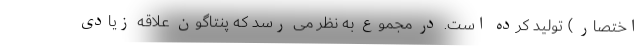
اختصار ) تولید کرده است. در مجموع به نظر می رسد که پنتاگون علاقه زیادی